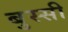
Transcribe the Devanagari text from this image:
बुस्सी